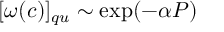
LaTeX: [ \omega ( c ) ] _ { q u } \sim \exp ( - \alpha P )